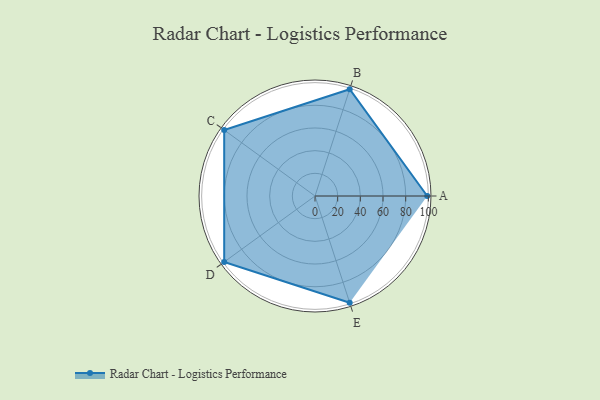
{"axis": {"x": "Skill", "y": "Score"}, "legend": ["Profile"], "data": [{"x": "A", "y": 99, "type": "Profile"}, {"x": "B", "y": 99, "type": "Profile"}, {"x": "C", "y": 99, "type": "Profile"}, {"x": "D", "y": 99, "type": "Profile"}, {"x": "E", "y": 99, "type": "Profile"}]}